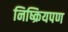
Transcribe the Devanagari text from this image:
निष्क्रियपण